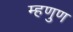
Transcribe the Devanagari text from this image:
म्हणुण